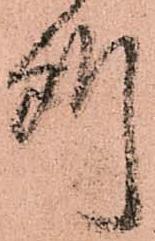
所